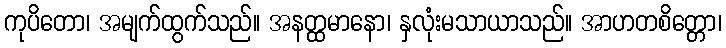
ကုပိတော၊ အမျက်ထွက်သည်။ အနတ္ထမာနော၊ နှလုံးမသာယာသည်။ အာဟတစိတ္တော၊